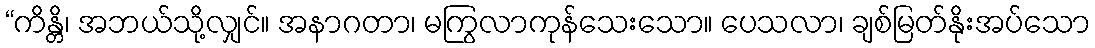
“ကိန္တိ၊ အဘယ်သို့လျှင်။ အနာဂတာ၊ မကြွလာကုန်သေးသော။ ပေသလာ၊ ချစ်မြတ်နိုးအပ်သော